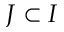
J \subset I